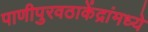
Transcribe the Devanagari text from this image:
पाणीपुरवठाकेंद्रांमध्ये